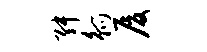
舛觚厦